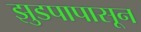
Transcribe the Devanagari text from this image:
झुडपापासून